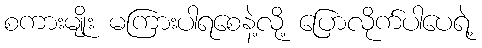
စကားမျိုး မကြားပါရစေနဲ့လို့ ပြောလိုက်ပါပေရဲ့